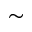
\sim